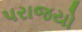
પરાજયો